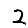
Digit: 2